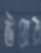
উয়ের